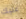
عليك